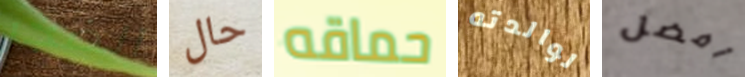
الضجر حال حماقه لوالدته أفضل